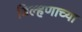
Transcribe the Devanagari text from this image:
बिल्हणाच्या